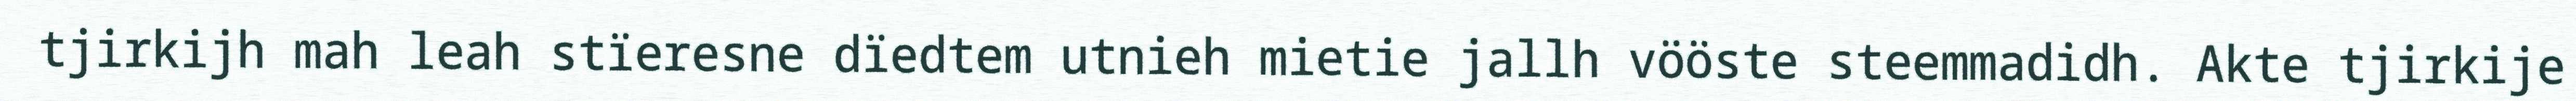
tjirkijh mah leah stïeresne dïedtem utnieh mietie jallh vööste steemmadidh. Akte tjirkije